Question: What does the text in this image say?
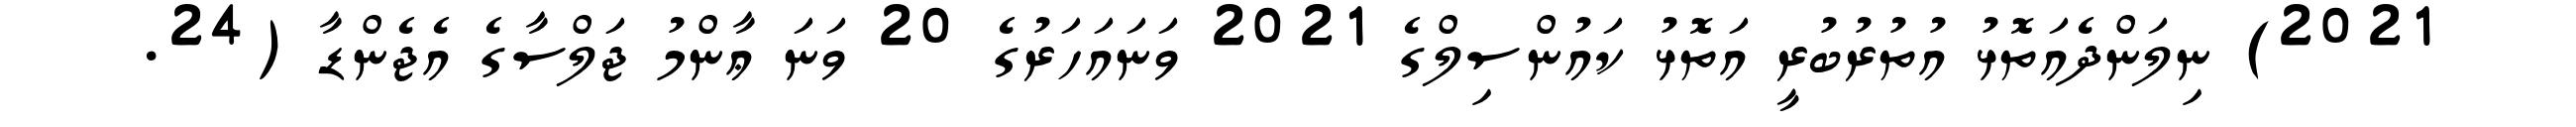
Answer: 2021) ނިލަންދެއަތޮޅު އުތުރުބުރީ އަތޮޅު ކައުންސިލްގެ 2021 ވަނައަހަރުގެ 20 ވަނަ ޢާންމު ޖަލްސާގެ އެޖެންޑާ (24.